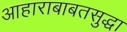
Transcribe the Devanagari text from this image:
आहाराबाबतसुद्धा